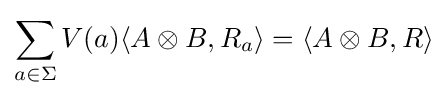
\sum _{a\in \Sigma }V(a)\langle A\otimes B,R_{a}\rangle =\langle A\otimes B,R\rangle